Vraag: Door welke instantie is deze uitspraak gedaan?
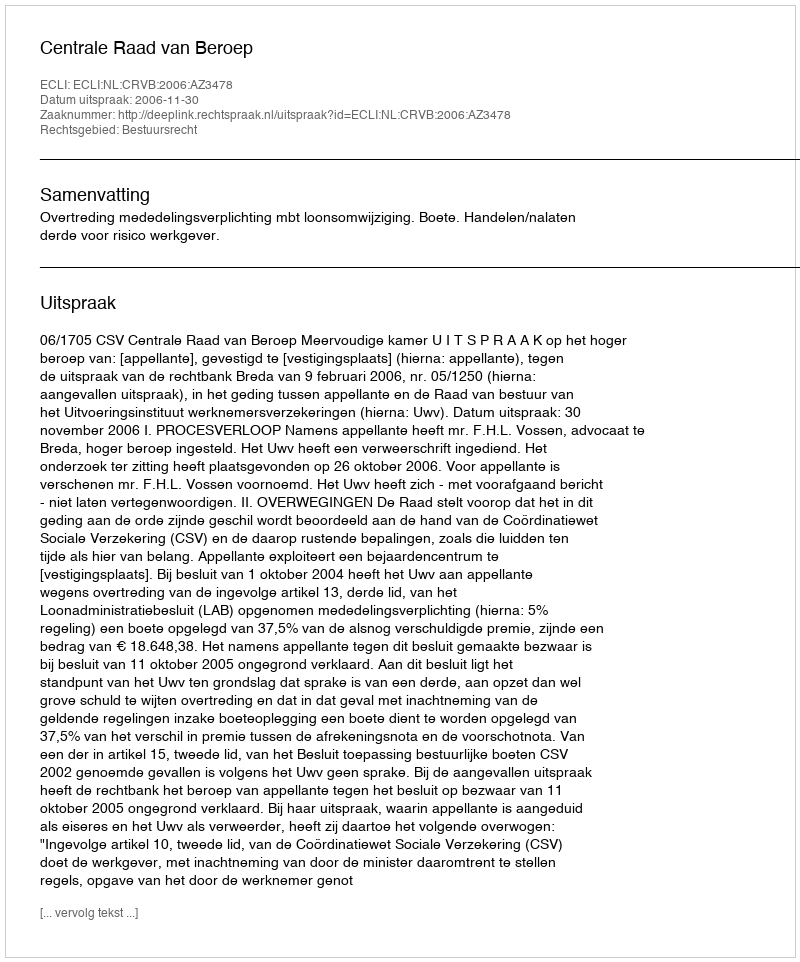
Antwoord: Centrale Raad van Beroep